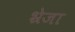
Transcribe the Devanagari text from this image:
भ्रेजा